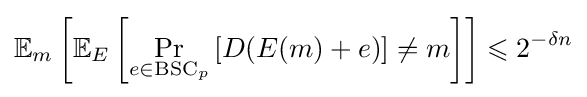
\mathbb {E} _{m}\left[\mathbb {E} _{E}\left[\Pr _{e\in {\text{BSC}}_{p}}\left[D(E(m)+e)\right]\neq m\right]\right]\leqslant 2^{-\delta n}